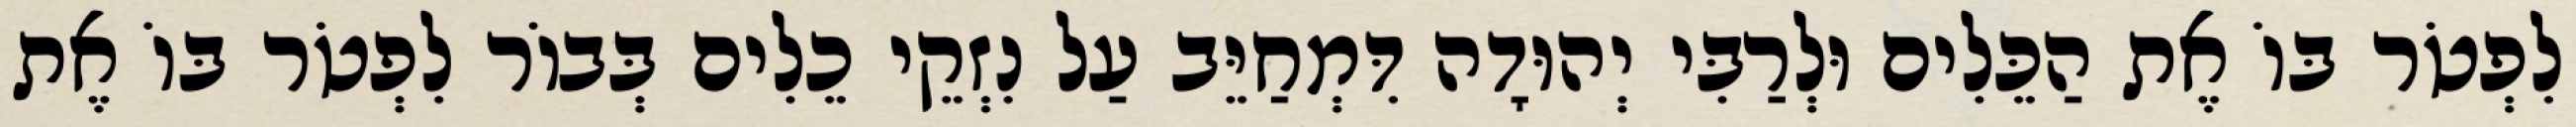
לִפְטֹר בּוֹ אֶת הַכֵּלִים וּלְרַבִּי יְהוּדָה דִּמְחַיֵּב עַל נִזְקֵי כֵלִים בְּבוֹר לִפְטֹר בּוֹ אֶת